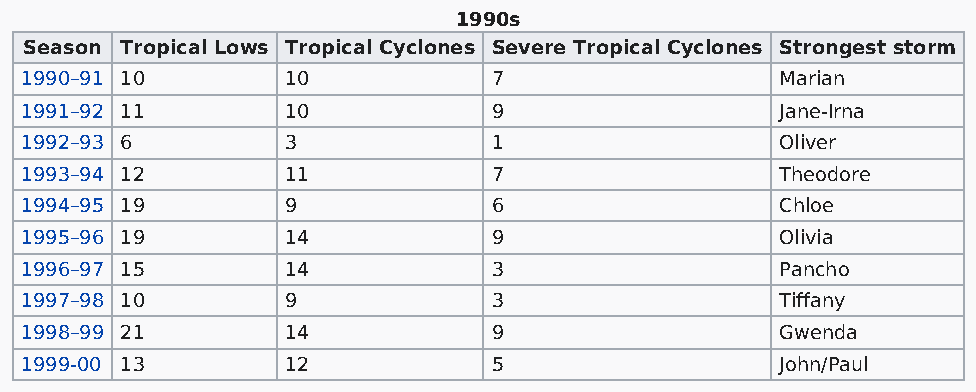
1990s
 Season Tropical Lows Tropical Cyclones Severe Tropical Cyclones Strongest storm
 1990–91 10        10            7                  Marian
 1991–92 11        10            9                  Jane-Irna
 1992–93 6         3             1                  Oliver
 1993–94 12        11            7                  Theodore
 1994–95 19        9             6                  Chloe
 1995–96 19        14            9                  Olivia
 1996–97 15        14            3                  Pancho
 1997–98 10        9             3                  Tiffany
 1998–99 21        14            9                  Gwenda
 1999-00 13        12            5                  John/Paul